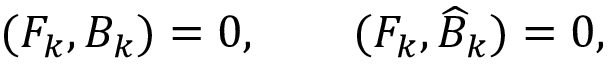
( F _ { k } , B _ { k } ) = 0 , \qquad ( F _ { k } , \widehat { B } _ { k } ) = 0 ,